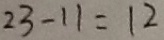
2 3 - 1 1 = 1 2